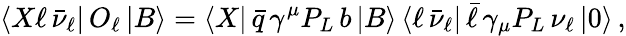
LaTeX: \langle X\ell\, \bar{\nu}_{\ell}|\, O_{\ell}\, |B\rangle=\langle X|\, \bar{q}\, \gamma^{\mu}P_{L}\, b\, |B\rangle\, \langle\ell\, \bar{\nu}_{\ell}|\, \bar{\ell}\, \gamma_{\mu}P_{L}\, \nu_{\ell}\, |0\rangle\, ,